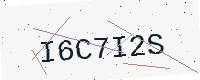
Text: I6C7I2S